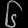
Digit: ၆